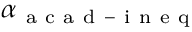
\alpha _ { \mathrm { ~ a ~ c ~ a ~ d ~ - ~ i ~ n ~ e ~ q ~ } }